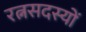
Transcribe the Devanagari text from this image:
रत्नसदस्यों